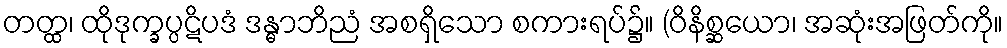
တတ္ထ၊ ထိုဒုက္ခပ္ပဋိပဒံ ဒန္ဓာဘိညံ အစရှိသော စကားရပ်၌။ (ဝိနိစ္ဆယော၊ အဆုံးအဖြတ်ကို။